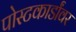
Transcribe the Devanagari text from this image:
पोस्टकार्डांवर